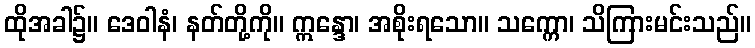
ထိုအခါ၌။ ဒေဝါနံ၊ နတ်တို့ကို။ ဣန္ဒော၊ အစိုးရသော။ သက္ကော၊ သိကြားမင်းသည်။